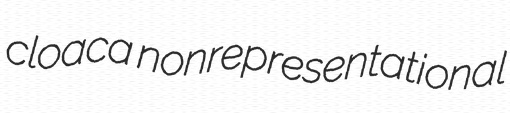
cloaca nonrepresentational